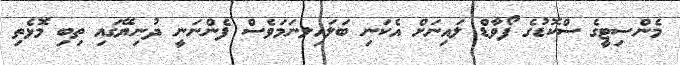
މެންސިޓީގެ ސްކޮޑުގެ ފޯވާޑް ލައިނަށް އެކަނި ބަލައިލނަމަވެސް ފެންނަނީ ދުނިޔޭގައި ތިބި މޮޅެތި